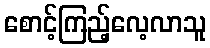
စောင့်ကြည့်လေ့လာသူ